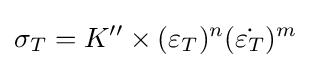
\sigma _{T}=K''\times (\varepsilon _{T})^{n}({\dot {\varepsilon _{T}}})^{m}